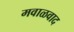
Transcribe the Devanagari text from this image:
मवाळवाद